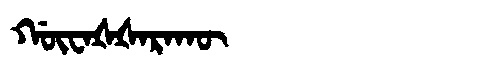
Manchu: ᡤᡡᠸᠠᡧᡧᠠᡵᠠᡴᡡ
Romanization: GŪWAŠŠARAKŪ